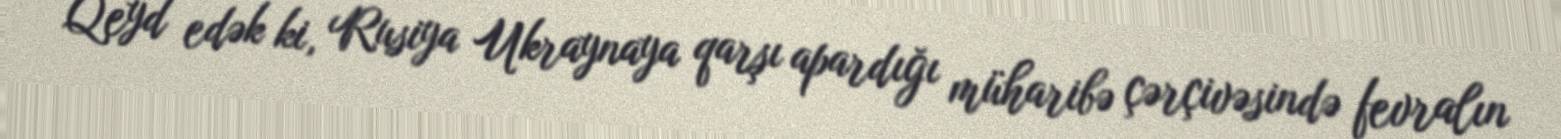
Qeyd edək ki, Rusiya Ukraynaya qarşı apardığı müharibə çərçivəsində fevralın